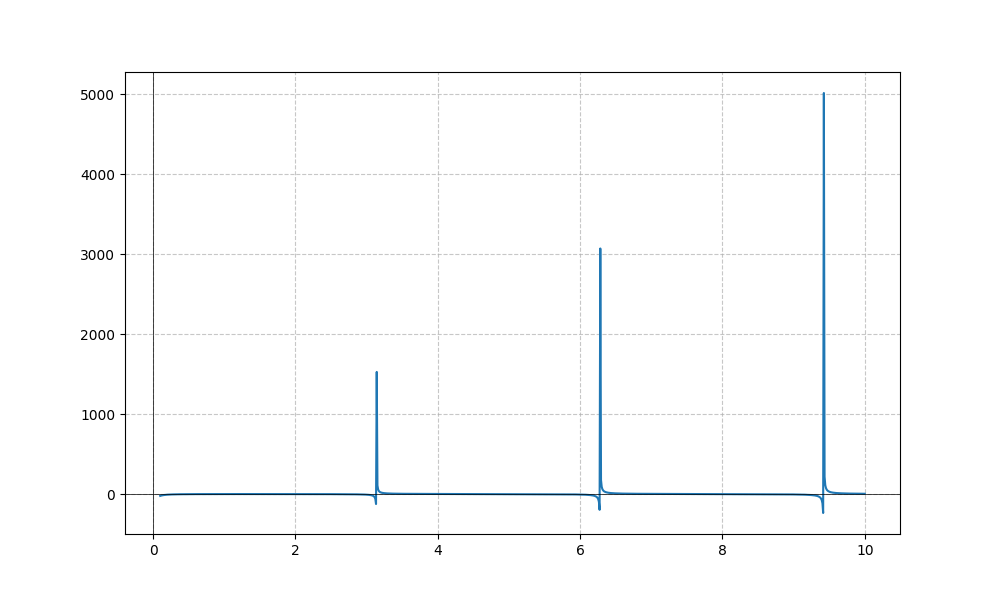
LaTeX formula: \log{\left(x \right)} \cot{\left(x \right)}